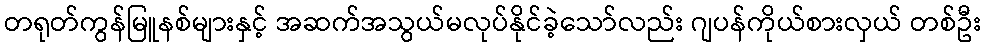
တရုတ်ကွန်မြူနစ်များနှင့် အဆက်အသွယ်မလုပ်နိုင်ခဲ့သော်လည်း ဂျပန်ကိုယ်စားလှယ် တစ်ဦး